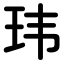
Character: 玮